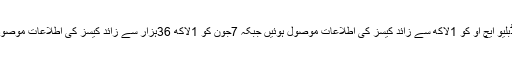
ٹیڈروس کے مطابق گزشتہ 10روز میں سے 9روز میں ڈبلیو ایچ او کو 1لاکھ سے زائد کیسز کی اطلاعات موصول ہوئیں جبکہ 7جون کو 1لاکھ 36ہزار سے زائد کیسز کی اطلاعات موصول ہوئیں جو کہ ابتک ایک دن میں سب سے زیادہ کیسز ہیں۔